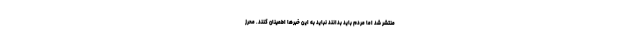
منتشر شد اما مردم باید بدانند نباید به این خبرها اطمینان کنند. محرز